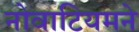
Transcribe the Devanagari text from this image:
नोवाटियमने